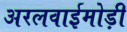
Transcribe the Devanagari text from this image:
अरलवाईमोड़ी